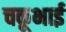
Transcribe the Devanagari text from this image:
चकूभाई